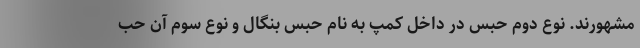
مشهورند. نوع دوم حبس در داخل کمپ به نام حبس بنگال و نوع سوم آن حب